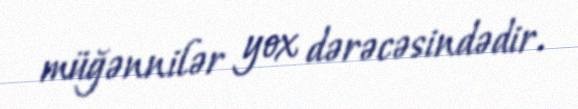
müğənnilər yox dərəcəsindədir.